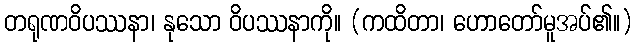
တရုဏဝိပဿနာ၊ နုသော ဝိပဿနာကို။ (ကထိတာ၊ ဟောတော်မူအပ်၏။)